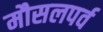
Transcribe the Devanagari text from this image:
मौसलपर्व